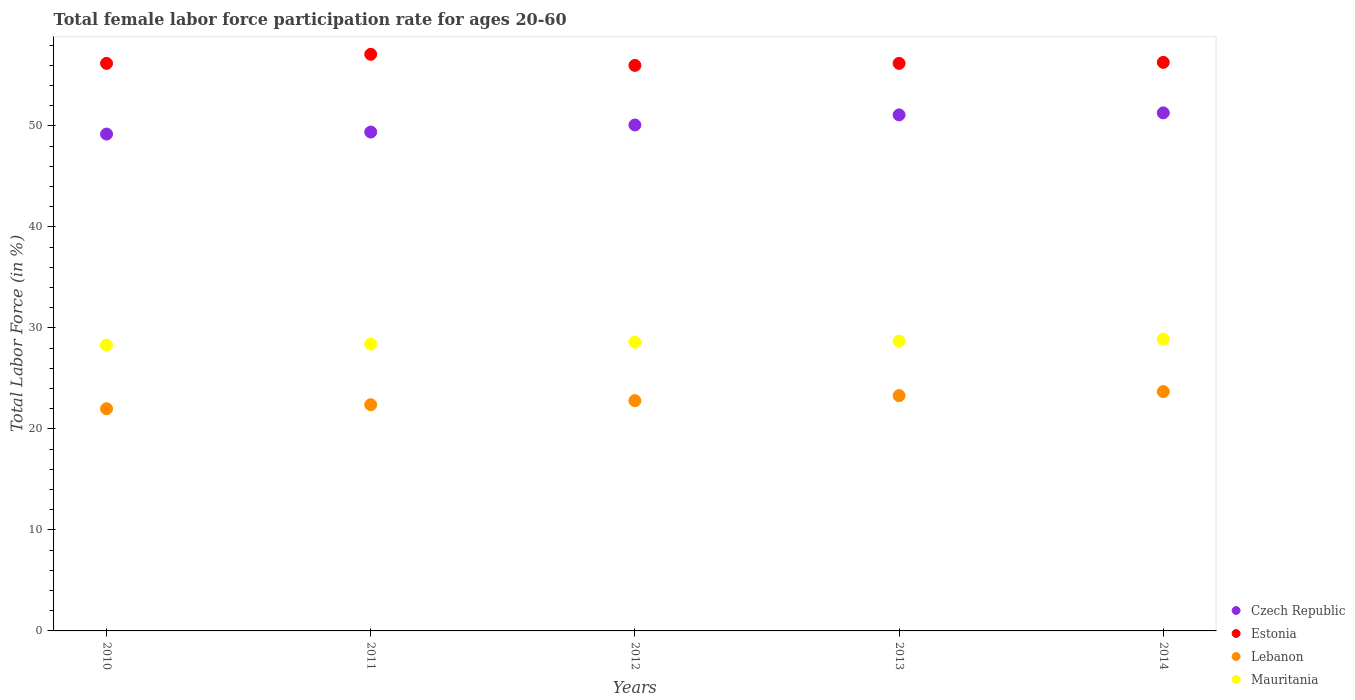
| Years | Czech Republic | Estonia | Lebanon | Mauritania |
 | --- | --- | --- | --- | --- |
 | 2010 | 49.2 | 56.2 | 22 | 28.3 |
 | 2011 | 49.4 | 57.1 | 22.4 | 28.4 |
 | 2012 | 50.1 | 56 | 22.8 | 28.6 |
 | 2013 | 51.1 | 56.2 | 23.3 | 28.7 |
 | 2014 | 51.3 | 56.3 | 23.7 | 28.9 |